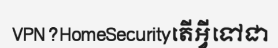
VPN?HomeSecurityតើអ្វីទៅជា